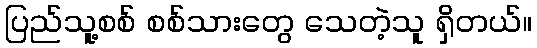
ပြည်သူ့စစ် စစ်သားတွေ သေတဲ့သူ ရှိတယ်။